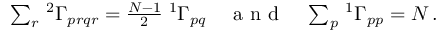
\begin{array} { r } { \sum _ { r } \, { ^ { 2 } \Gamma _ { p r q r } } = \frac { N - 1 } { 2 } \; { ^ { 1 } \Gamma _ { p q } } \quad \mathrm { ~ a ~ n ~ d ~ } \quad \sum _ { p } \, { ^ { 1 } \Gamma _ { p p } } = N \, . } \end{array}